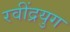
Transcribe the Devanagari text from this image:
रवींद्रयुग